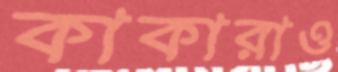
কাকারাও